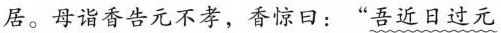
居。母诣香告元不孝，香惊曰：”吾近日过元